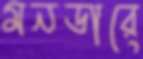
মনডারে